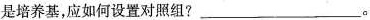
是培养基，应如何设置对照组?___。